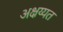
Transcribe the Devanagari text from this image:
अक्षय्यत